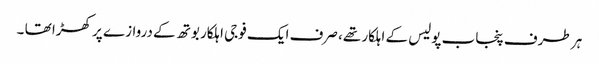
ہر طرف پنجاب پولیس کے اہلکار تھے، صرف ایک فوجی اہلکار بوتھ کے دروازے پر کھڑا تھا ۔